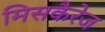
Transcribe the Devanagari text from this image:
मिसकैरेज